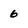
Character: 6